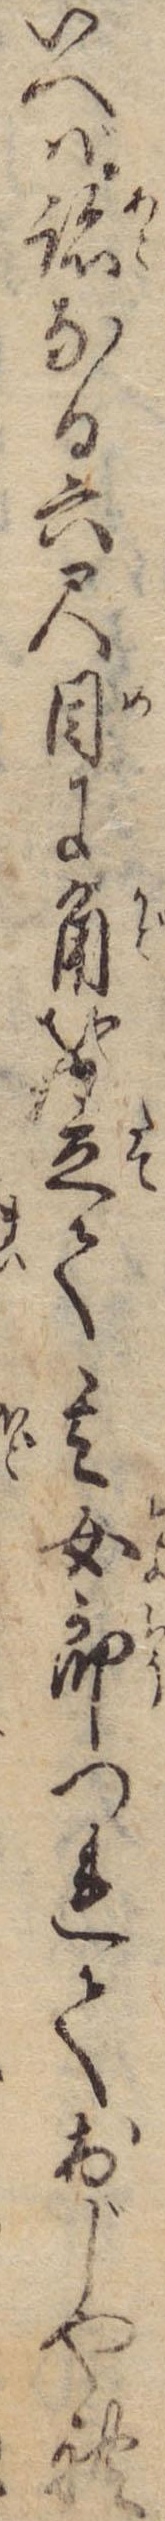
いへば跡なる六尺目に角を立て其女郎つれておじやれ